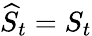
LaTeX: \widehat{S}_{t}=S_{t}